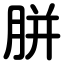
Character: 胼